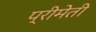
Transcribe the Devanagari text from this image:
प्रीमेती